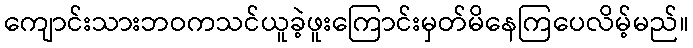
ကျောင်းသားဘဝကသင်ယူခဲ့ဖူးကြောင်းမှတ်မိနေကြပေလိမ့်မည်။